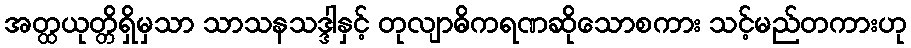
အတ္ထယုတ္တိရှိမှသာ သာသနသဒ္ဒါနှင့် တုလျာဓိကရဏဆိုသောစကား သင့်မည်တကားဟု